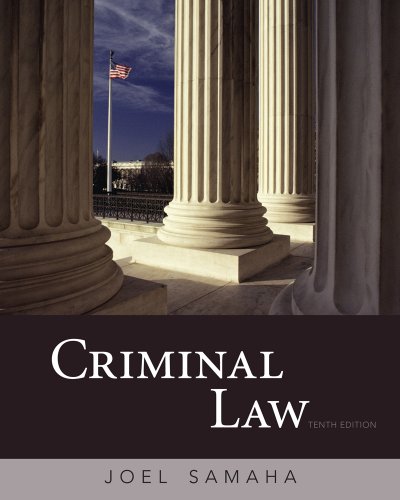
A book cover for Criminal Law; Joel Samaha; Law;